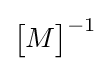
{\begin{bmatrix}M\end{bmatrix}}^{-1}